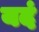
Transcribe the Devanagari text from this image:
यदं